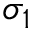
\sigma _ { 1 }